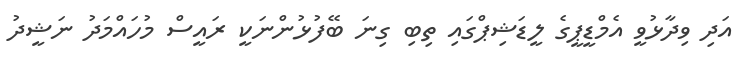
އަދި ވިދާޅުވީ އެމްޑީޕީގެ ލީޑަޝިޕްގައި ތިބި ގިނަ ބޭފުޅުންނަކީ ރައީސް މުހައްމަދު ނަޝީދު